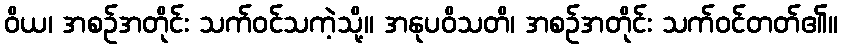
ဝိယ၊ အစဉ်အတိုင်း သက်ဝင်သကဲ့သို့။ အနုပဝိသတိ၊ အစဉ်အတိုင်း သက်ဝင်တတ်၏။